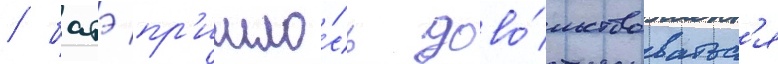
/ батэ пр'ишло́сь дово́льствоватьс'я